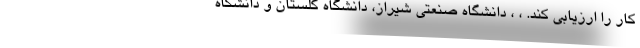
کار را ارزیابی کند. ، ، دانشگاه صنعتی شیراز، دانشگاه گلستان و دانشگاه